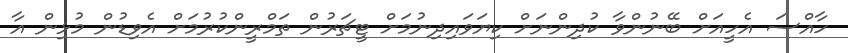
ހާއްސަ އެހީއަށް ބޭނުންވާ ކުދިންނަށް ކިޔަވައިދިނުމަށް ޓީޗަރުން ތަމްރީންކުރުމަށް އެވިޑުން މުޅިން އާ